Vaccination in Bombay 1863-1868 - 1863-1868
Year: 1863
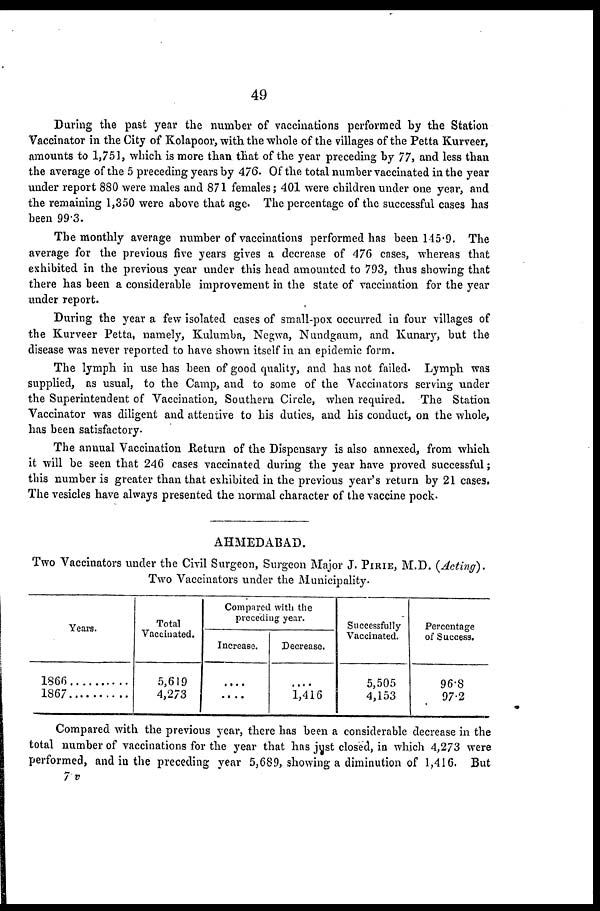
49
During the past year the number of vaccinations performed by the Station
Vaccinator in the City of Kolapoor, with the whole of the villages of the Petta Kurveer,
amounts to 1,751, which is more than that of the year preceding by 77, and less than
the average of the 5 preceding years by 476. Of the total number vaccinated in the year
under report 880 were males and 871 females; 401 were children under one year, and
the remaining 1,350 were above that age. The percentage of the successful cases has
been 99.3.
The monthly average number of vaccinations performed has been 145.9. The
average for the previous five years gives a decrease of 476 cases, whereas that
exhibited in the previous year under this head amounted to 793, thus showing that
there has been a considerable improvement in the state of vaccination for the year
under report.
During the year a few isolated cases of small-pox occurred in four villages of
the Kurveer Petta, namely, Kulumba, Negwa, Nundgaum, and Kunary, but the
disease was never reported to have shown itself in an epidemic form.
The lymph in use has been of good quality, and has not failed. Lymph was
supplied, as usual, to the Camp, and to some of the Vaccinators serving under
the Superintendent of Vaccination, Southern Circle, when required. The Station
Vaccinator was diligent and attentive to his duties, and his conduct, on the whole,
has been satisfactory.
The annual Vaccination Return of the Dispensary is also annexed, from which
it will be seen that 246 cases vaccinated during the year have proved successful;
this number is greater than that exhibited in the previous year's return by 21 cases.
The vesicles have always presented the normal character of the vaccine pock.
AHMEDABAD.
Two Vaccinators under the Civil Surgeon, Surgeon Major J. PIRIE, M.D. (Acting).
Two Vaccinators under the Municipality.
Years.
1866 ........
1867 ........
Total
Vaccinated.
5,619
4,273
Compared with the
preceding year.
Increase.
....
....
Decrease.
....
1,416
Successfully
Vaccinated.
5,505
4,153
Percentage
of Success.
96.8
97.2
Compared with the previous year, there has been a considerable decrease in the
total number of vaccinations for the year that has just closed, in which 4,273 were
performed, and in the preceding year 5,689, showing a diminution of 1,416. But
7 v